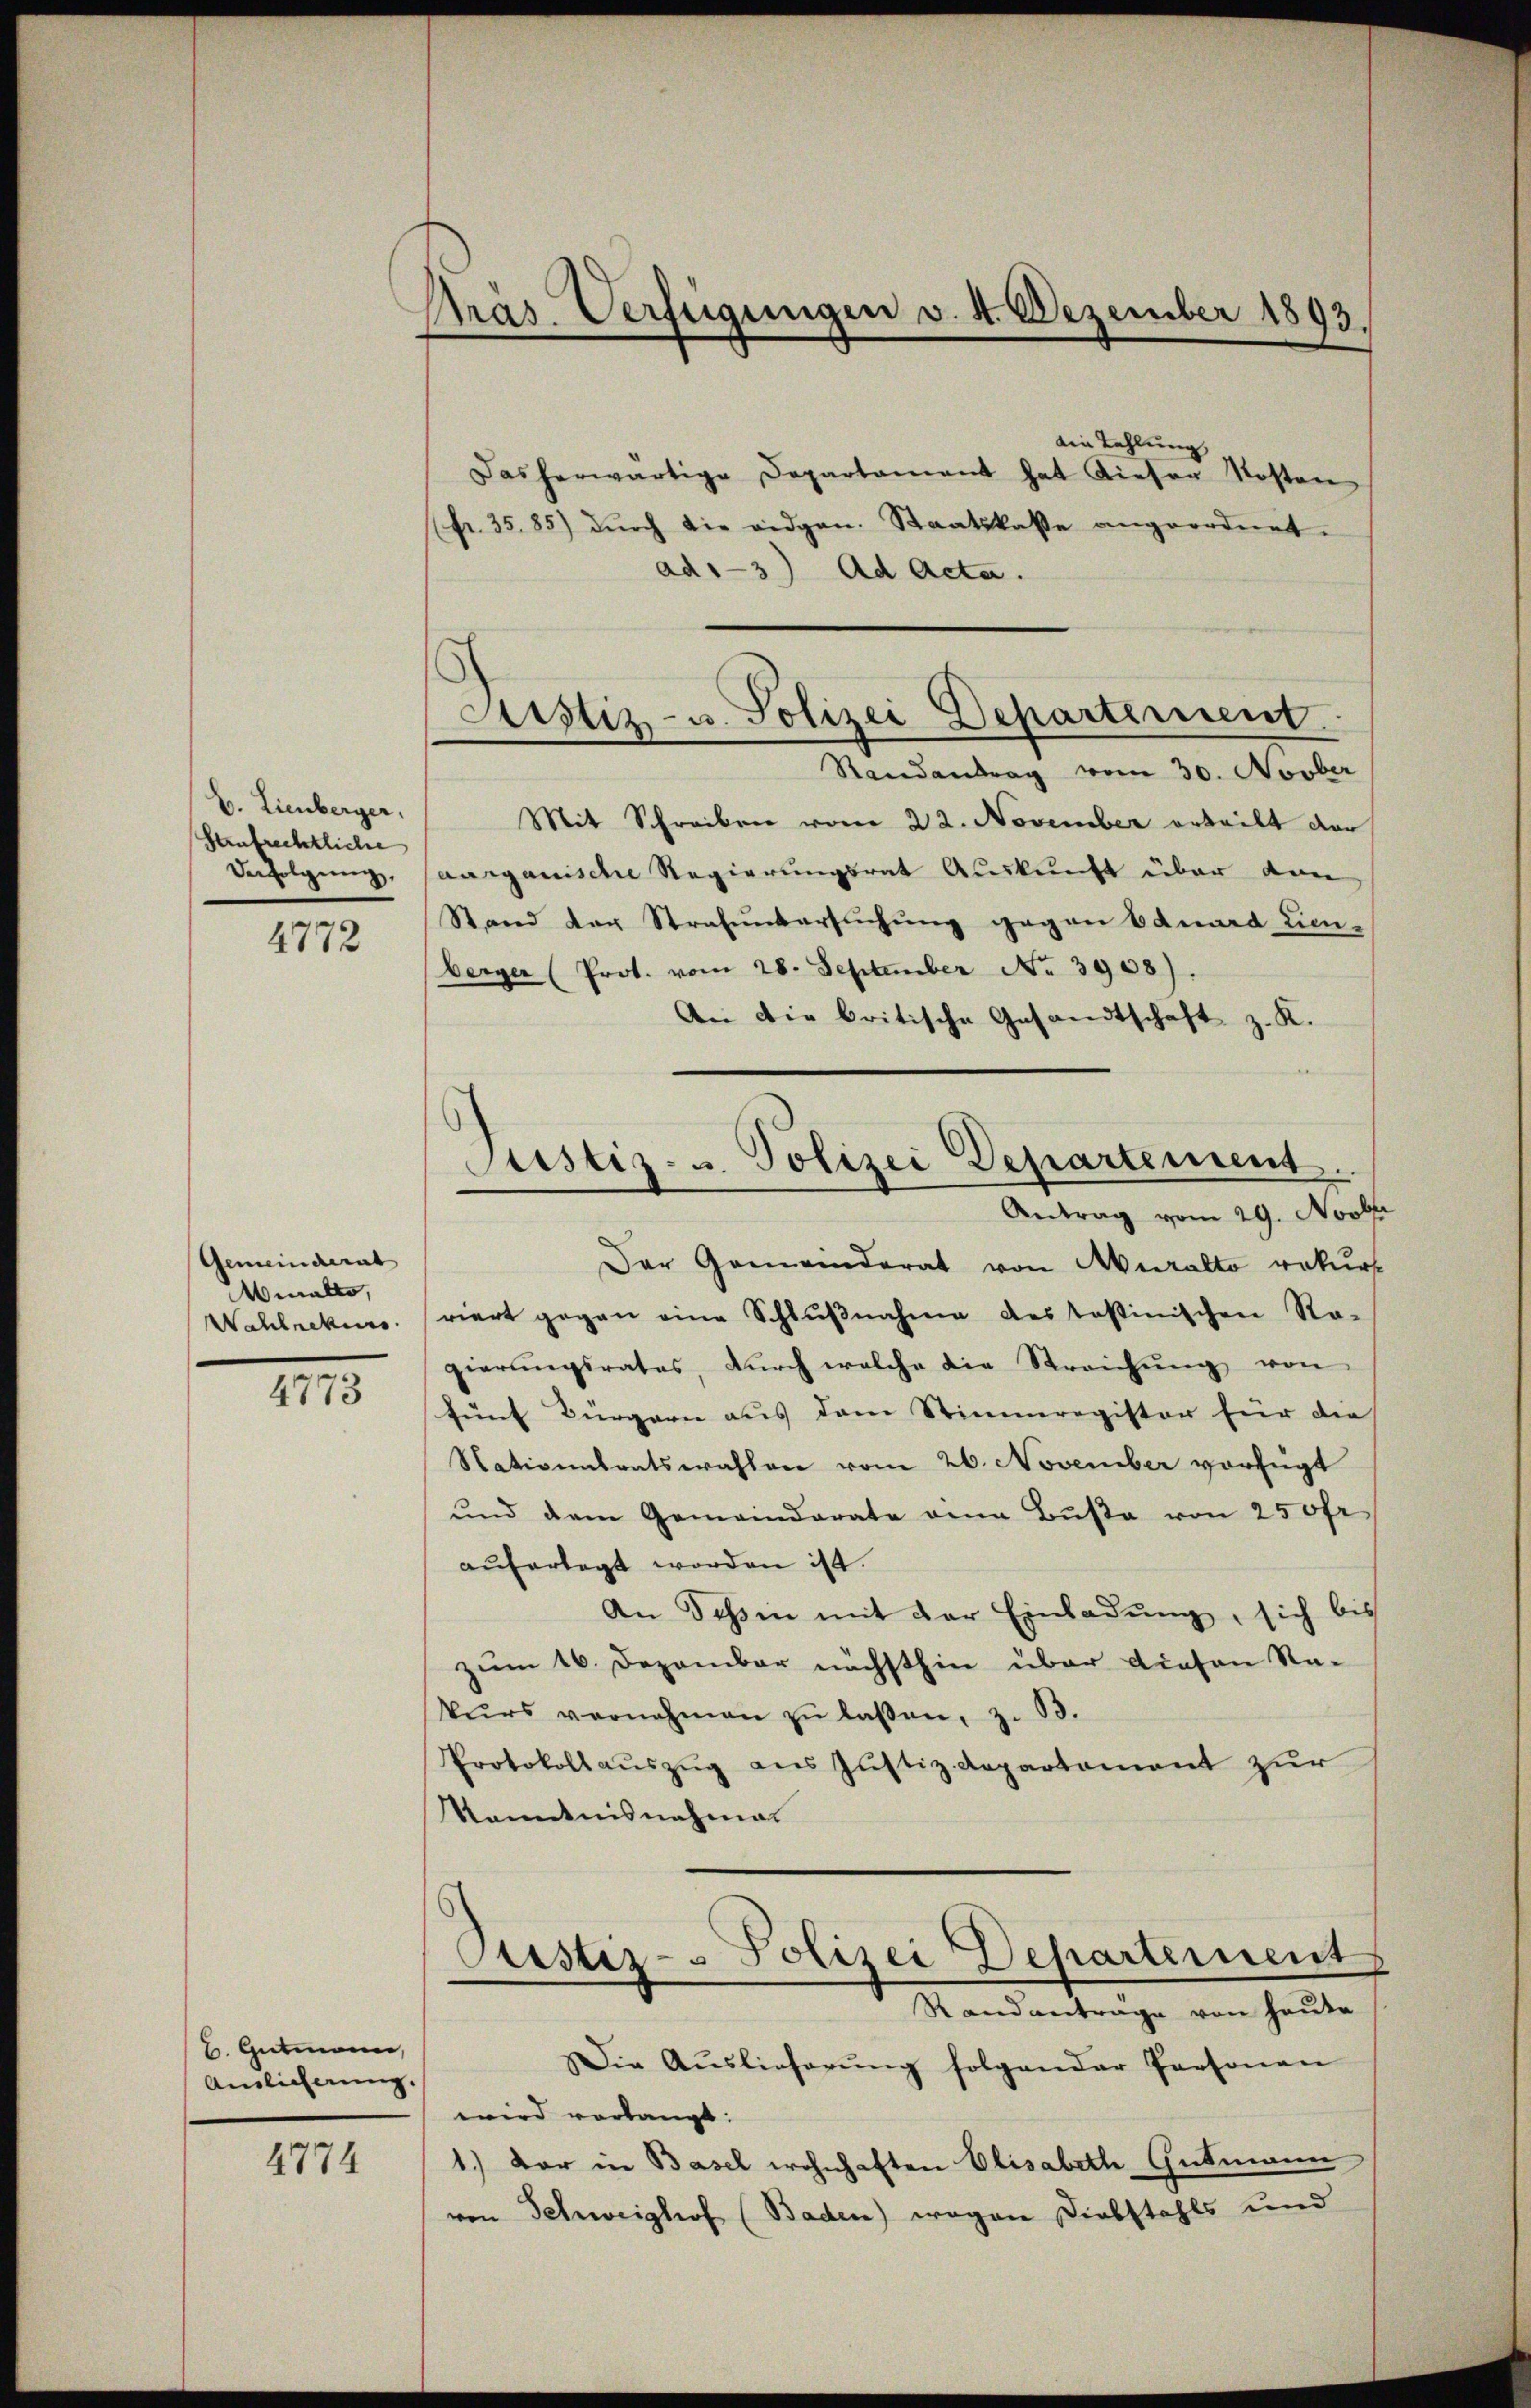
V. Lienberger,
saufrechtliche
Derfolgung,
4772

Gemeinderat
Miales,
Wahlrekurs

4773

b. Gutmann,
Amlicherung.

4774

Prás Verfügungen v. 4. Dezember 1893.

Ain Zahlung,
Dasherwärtige Departament hat dieser Kosten
fr. 35.85) dŭrch die eidgen. Staatskasse angeordnet.
ad13) Ad Acta.
Randantrag vom 30. Novber
Mit Schreiben vom 22. November erteilt der
aarganische Regierungsrat Auskunft über dan
Stand der Strafuntersuchung gegen Eduard Lienberger (Prot. vom 28. September No. 3908).
An die britische Gesandtschaft z. K.
Der Gemeinderat von Muralto rekurs
riert gegen eine Schlŭβnahme des testinischen Ro-
gierŭngsrates, dŭrch welche die Streichŭng von
fünf Bürgern aus dem Stimmregister für die
Nationalratswahlen vom 26. November vorfügt
und dem Gemeinderate an Bŭβe von 250fr
aufertagt worden ist.
An Tessin mit der Einladŭng, sich bis
zum 16. Dezember nächsthin über diesen Rakŭrs vernehmen zŭ laßen, z. 13.
Protokollaŭszŭg ans Justiz-Departement zur
Komanisnahmen
Justiz- Polizei Departement
Standantrage von heute
Die Aŭslieferŭng folgender Personen
wird verlangt:
1.) Der in Basel wohnhaften Elisabeth Gutmann
von Schweighof (Baden) wegen Diebstahls und

Arstiz- u. Polizei Departement

Justiz- & Polizei Departement.
Antrag vom 29. Novbr.